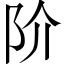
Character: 阶